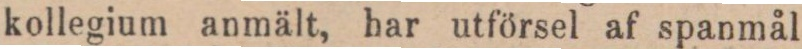
kollegium anmält, har utförsel af spanmål